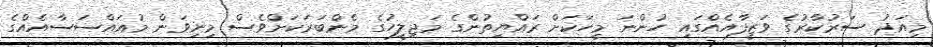
މިއަދު ސަރުކާރުގެ ވަޒީފާއެއްގައި ހުންނަ މީހަކަށް ރައްޔިތުންގެ މަޖިލީހުގެ މެންބަރަކަށްވެސް މިނިވަން މުއައްސަސާއެއްގެ